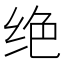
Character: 绝